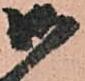
御